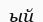
ый